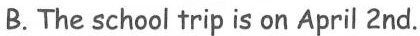
B.The school trip is on April 2nd.